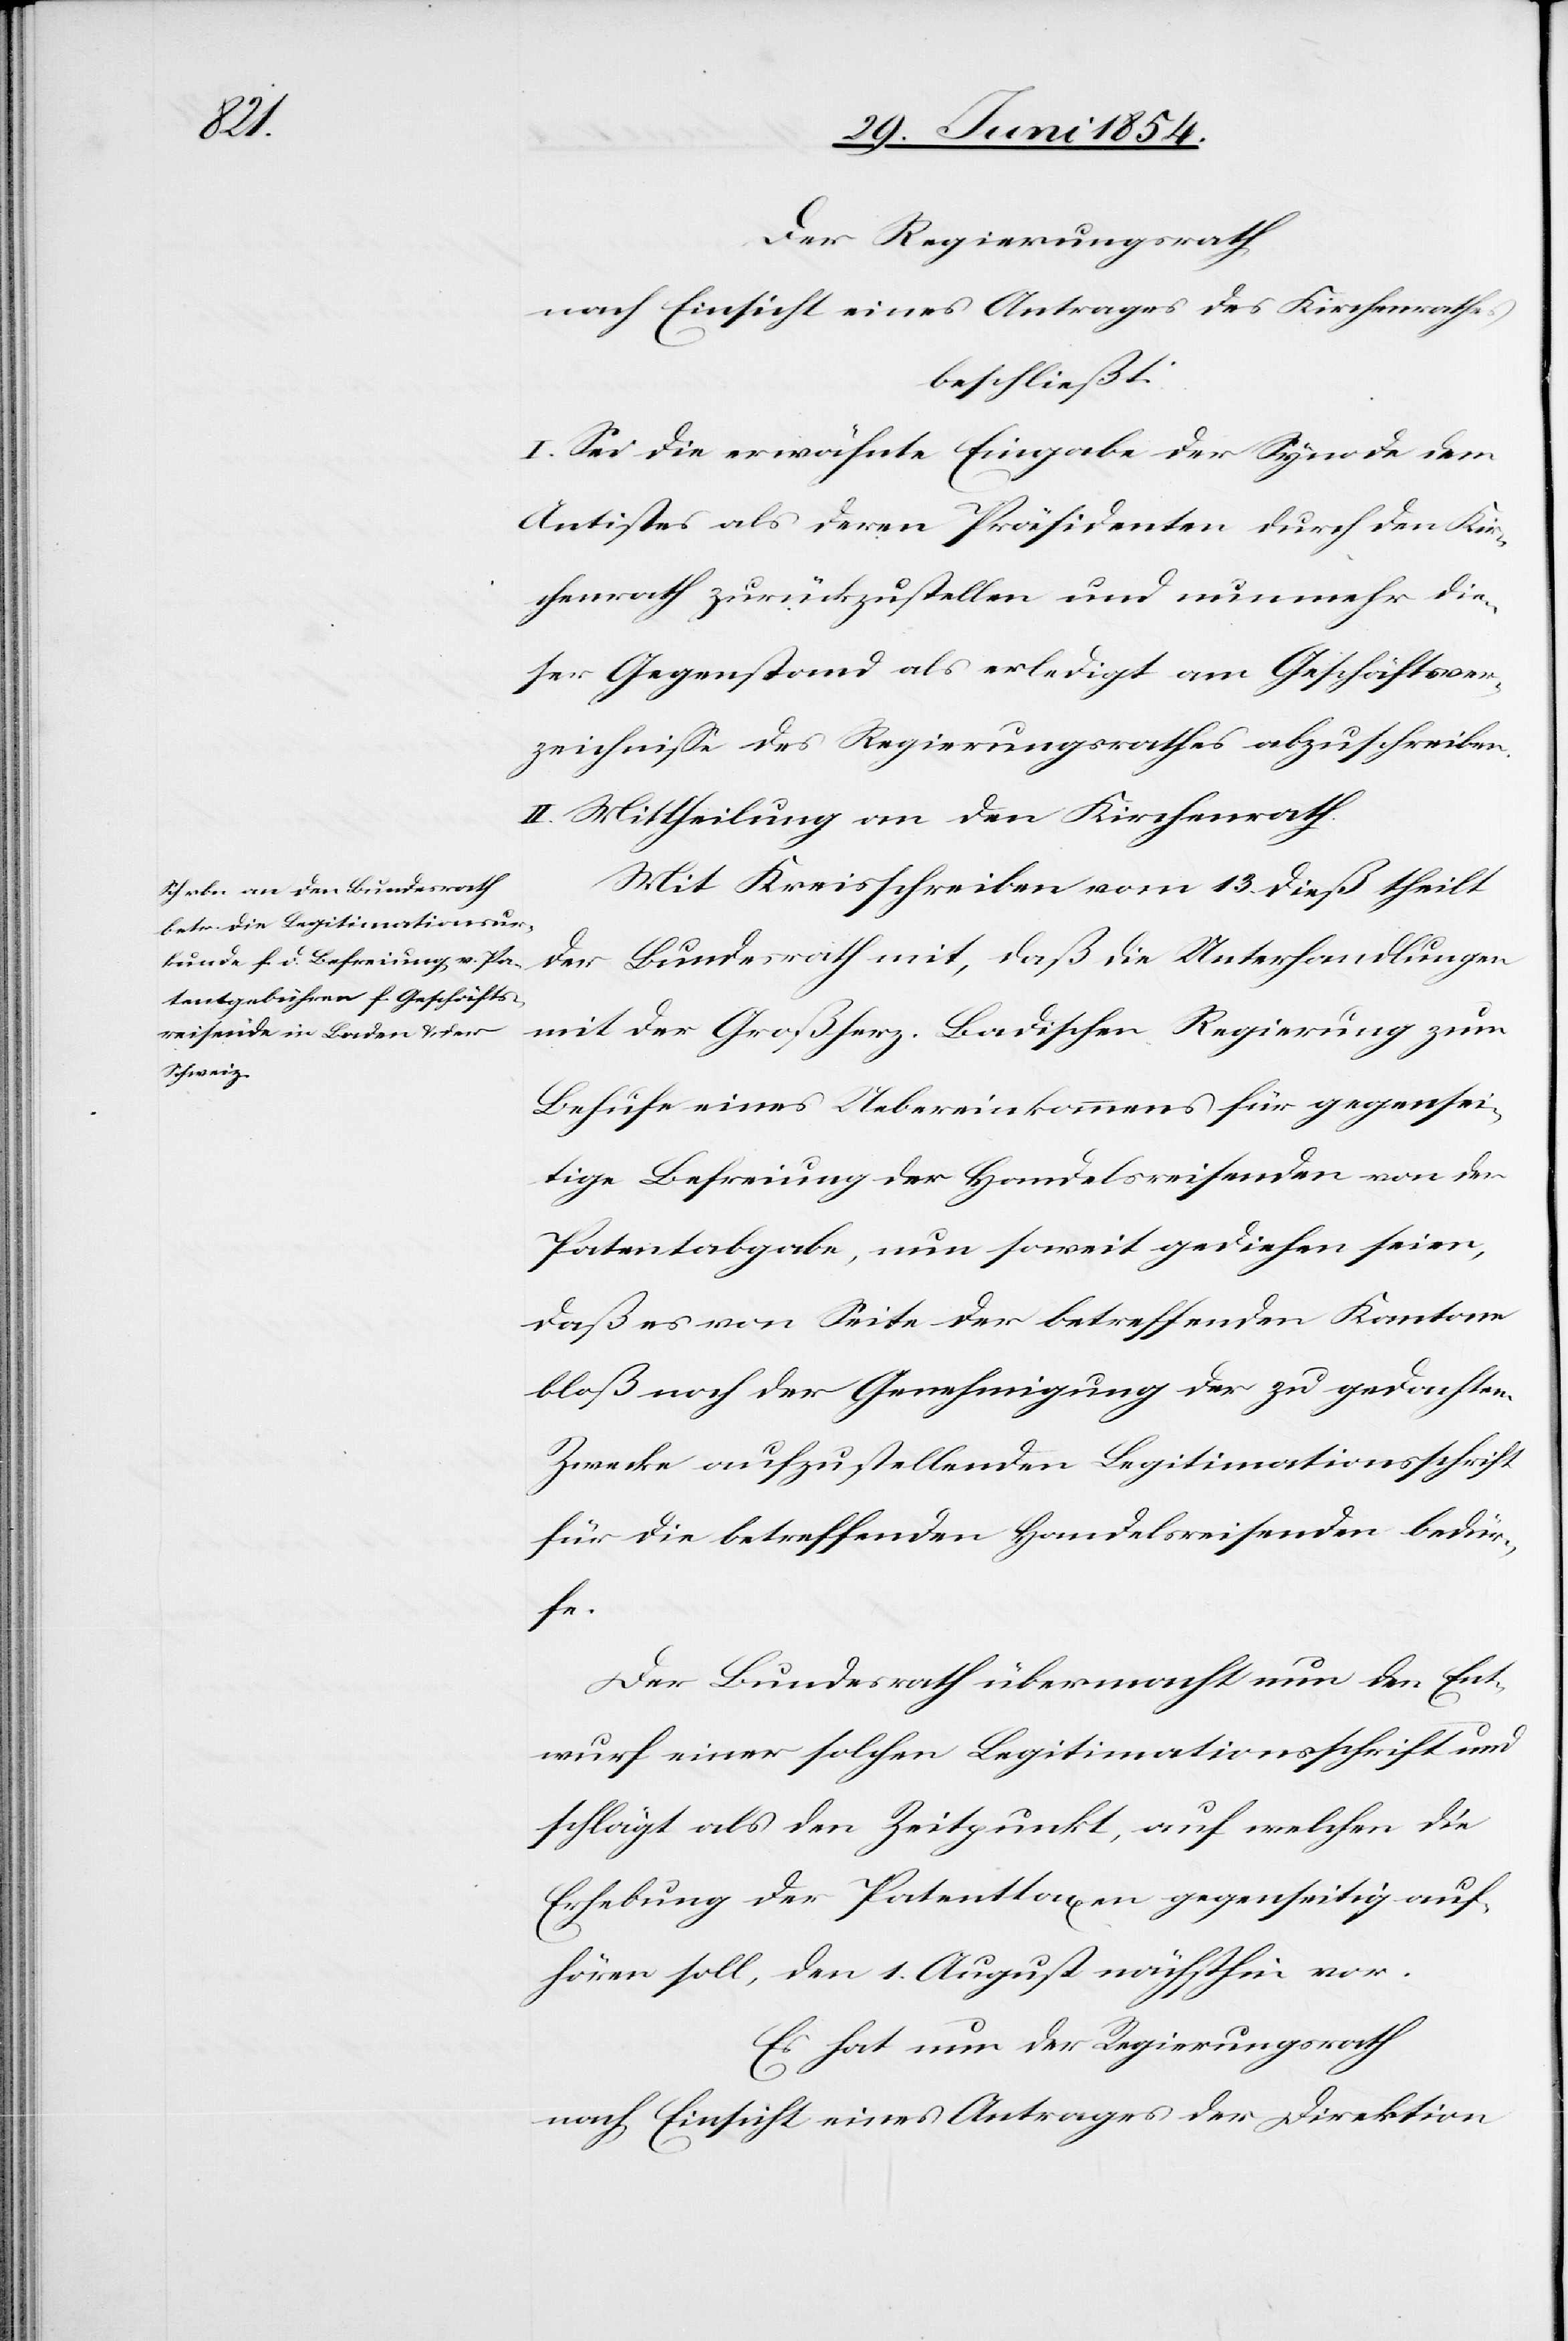
Der Regierungsrath,
nach Einsicht eines Antrages des Kirchenrathes
beschließt:
I. Sei die erwähnte Eingabe der Synode dem
Antistes als deren Präsidenten durch den Kir¬
chenrath zurückzustellen und nunmehr die¬
ser Gegenstand als erledigt am Geschäftsver¬
zeichniße des Regierungsrathes abzuschreiben.
II. Mittheilung an den Kirchenrath.
Mit Kreisschreiben vom 13. dieß theilt
der Bundesrath mit, daß die Unterhandlungen
mit der Großherz. Badischen Regierung zum
Behufe eines Uebereinkommens für gegensei¬
tige Befreiung der Handelsreisenden von der
Patentabgabe, nun soweit gediehen seien,
daß es von Seite der betreffenden Kantone
bloß noch der Genehmigung der zu gedachtem
Zwecke aufzustellenden Legitimationsschrift
für die betreffenden Handelsreisenden bedür¬
fe.
Der Bundesrath übermacht nun den Ent¬
wurf einer solchen Legitimationsschrift und
schlägt als den Zeitpunkt, auf welchen die
Erhebung der Patenttaxen gegenseitig auf¬
hören soll, den 1. August nächsthin vor.
Es hat nun der Regierungsrath
nach Einsicht eines Antrages der Direktion